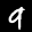
Label: 9